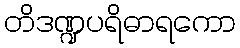
တိဒဏ္ဍပရိဓာရကော